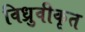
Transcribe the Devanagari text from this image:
विध्रुवीकृत